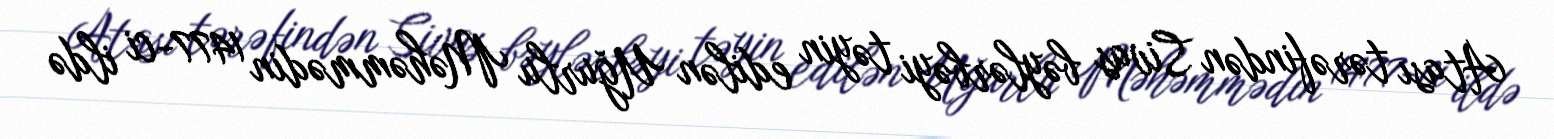
Atası tərəfindən Sivas bəylərbəyi təyin edilən Uğurlu Məhəmmədin 1477-ci ildə